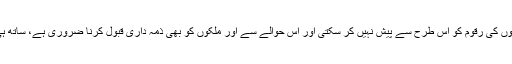
میرکل کا یہ واضح طور پر کہنا تھا کہ ان کی حکومت اپنے ٹیکس ادا کرنے والوں کی رقوم کو اس طرح سے پیش نہیں کر سکتی اور اس حوالے سے اور ملکوں کو بھی ذمہ داری قبول کرنا ضروری ہے، ساتھ ہی عدالتی عمل سے بچنے کے لئے لزبن ٹریٹی میں اصلاحات بہت ضروری ہیں۔